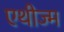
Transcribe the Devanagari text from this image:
एथीज्म